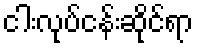
ငါးလုပ်ငန်းဆိုင်ရာ